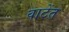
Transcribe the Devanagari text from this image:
वाटेंत